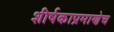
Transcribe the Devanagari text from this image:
शीर्षकाप्रमाणेच